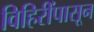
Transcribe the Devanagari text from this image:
विहिरींपासून